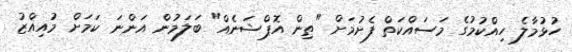
ހުޅުމާލެ ހިއްކުމުގެ މަސައްކަތް ފެށުމަށް "ތިން އޮޕްޝަނެއް" ބަލަމުން އަންނަ ކަމަށް މުއިއްޒު